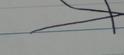
Signature authenticity: forged